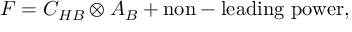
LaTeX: F = C _ { H B } \otimes A _ { B } + \mathrm { n o n - l e a d i n g ~ p o w e r } ,